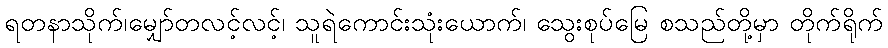
ရတနာသိုက်၊မျှော်တလင့်လင့်၊ သူရဲကောင်းသုံးယောက်၊ သွေးစုပ်မြေ စသည်တို့မှာ တိုက်ရိုက်